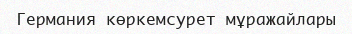
Германия көркемсурет мұражайлары